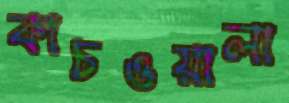
কাচওয়ালা